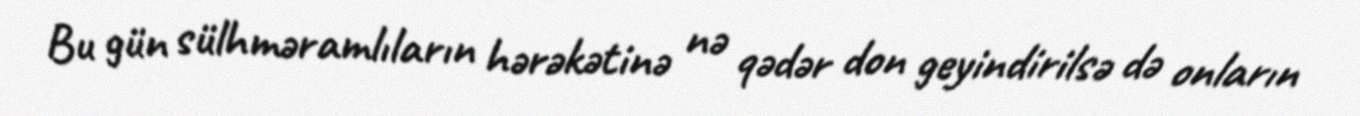
Bu gün sülhməramlıların hərəkətinə nə qədər don geyindirilsə də onların